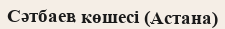
Сәтбаев көшесі (Астана)